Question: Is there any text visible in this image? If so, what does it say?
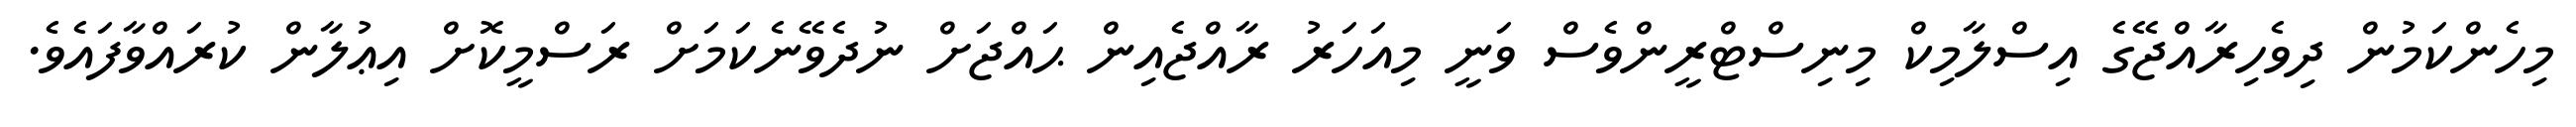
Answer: މިހެންކަމުން ދިވެހިރާއްޖޭގެ އިސްލާމިކް މިނިސްޓްރީންވެސް ވަނީ މިއަހަރު ރާއްޖެއިން ޙައްޖަށް ނުދެވޭނެކަމަށް ރަސްމީކޮށް އިޢުލާން ކުރައްވާފައެވެ.